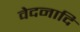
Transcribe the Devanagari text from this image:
वेदनादि